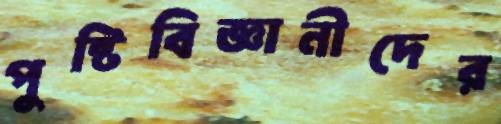
পুষ্টিবিজ্ঞানীদের